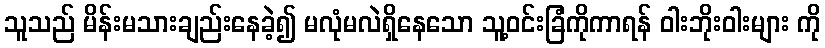
သူသည် မိန်းမသားချည်းနေခဲ့၍ မလုံမလဲရှိနေသော သူ့ဝင်းခြံကိုကာရန် ဝါးဘိုးဝါးများ ကို